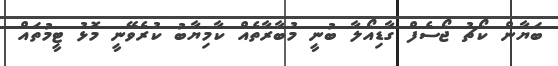
ބަޔާން ކޯޗު ޖޯސެފް ގާޑިއޯލާ ބުނީ މުބާރާތެއް ކާމިޔާބު ކުރެވޭނީ މޮޅު ޓީމުތައް